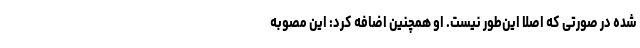
شده در صورتی که اصلا این‌طور نیست. او همچنین اضافه کرد: این مصوبه